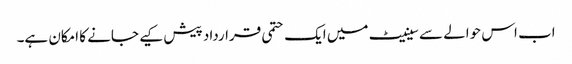
اب اس حوالے سے سینیٹ میں ایک حتمی قرارداد پیش کیے جانے کا امکان ہے۔